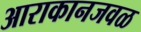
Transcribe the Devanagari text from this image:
आराकानजवळ